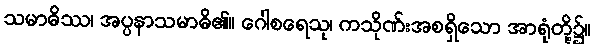
သမာဓိဿ၊ အပ္ပနာသမာဓိ၏။ ဂေါစရေသု၊ ကသိုဏ်းအစရှိသော အာရုံတို့၌။